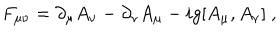
F _ { \mu \nu } = \partial _ { \mu } A _ { \nu } - \partial _ { \nu } A _ { \mu } - i g [ A _ { \mu } , A _ { \nu } ] \ ,